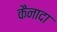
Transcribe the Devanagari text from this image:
कैनादा